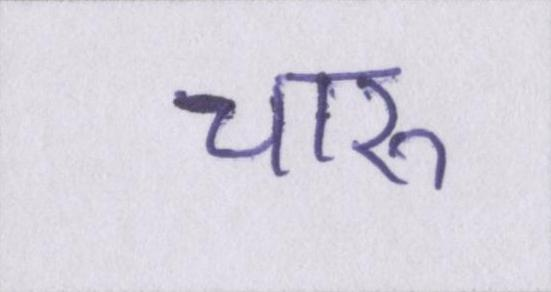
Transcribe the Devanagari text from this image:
चारु